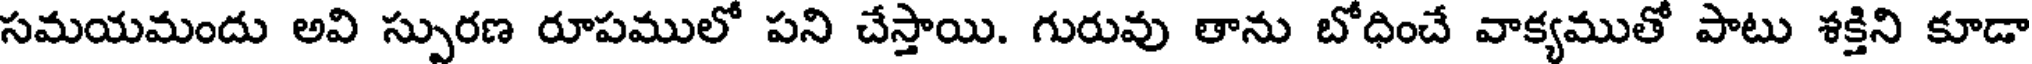
సమయమందు అవి స్పురణ రూపములో పని చేస్తాయి. గురువు తాను బోధించే వాక్యముతో పాటు శక్తిని కూడా